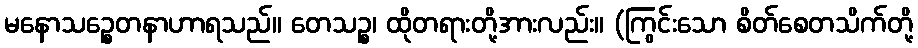
မနောသဉ္စေတနာဟာရသည်။ တေသဉ္စ၊ ထိုတရားတို့အားလည်း။ (ကြွင်းသော စိတ်စေတသိက်တို့